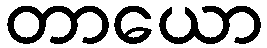
တာယော